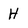
Character: H